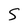
Character: S